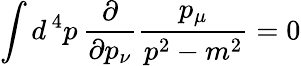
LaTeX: \int d^{\, 4}p\, {\frac{\partial}{\partial p_{\nu}}}{\frac{p_{\mu}}{p^{2}-m^{2}}}=0